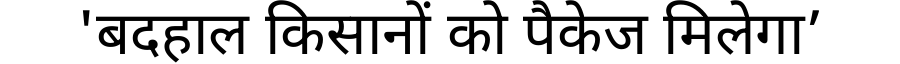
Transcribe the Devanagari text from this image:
'बदहाल किसानों को पैकेज मिलेगा’